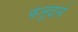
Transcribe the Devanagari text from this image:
फेलूदाने